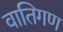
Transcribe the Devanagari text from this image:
वातिगण